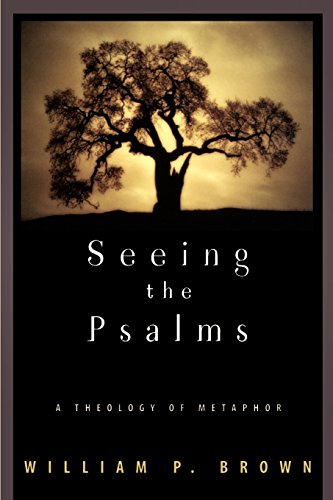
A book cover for Seeing the Psalms: A Theology of Metaphor; William P. Brown; Christian Books & Bibles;